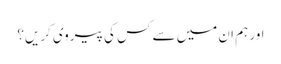
اور ہم ان میں سے کس کی پیروی کریں؟